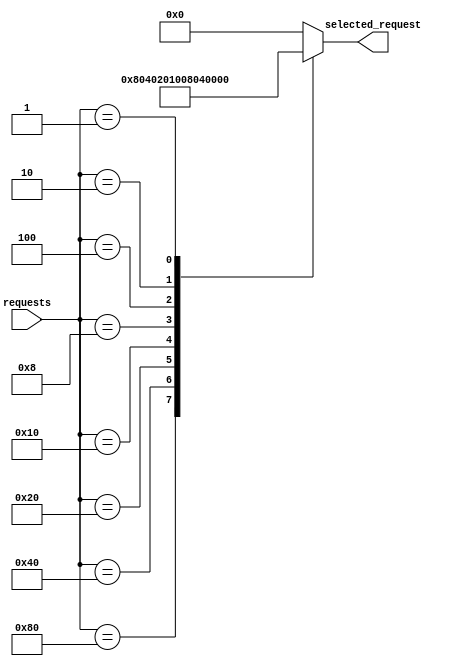
module priority_arbiter(
    input wire [7:0] requests,
    output reg [7:0] selected_request
);

always @(*) begin
    // Determine the highest priority request
    case(requests)
        8'b10000000: selected_request = 8'b10000000; // Priority 1
        8'b01000000: selected_request = 8'b01000000; // Priority 2
        8'b00100000: selected_request = 8'b00100000; // Priority 3
        8'b00010000: selected_request = 8'b00010000; // Priority 4
        8'b00001000: selected_request = 8'b00001000; // Priority 5
        8'b00000100: selected_request = 8'b00000100; // Priority 6
        8'b00000010: selected_request = 8'b00000010; // Priority 7
        8'b00000001: selected_request = 8'b00000001; // Priority 8
        default: selected_request = 8'b00000000; // No request
    endcase
end

endmodule